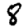
Digit: 8